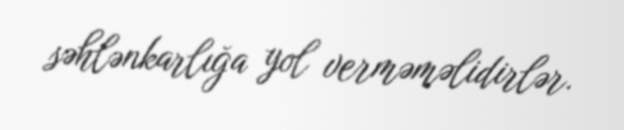
səhlənkarlığa yol verməməlidirlər.